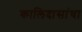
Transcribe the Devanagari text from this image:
कालिदासांचा